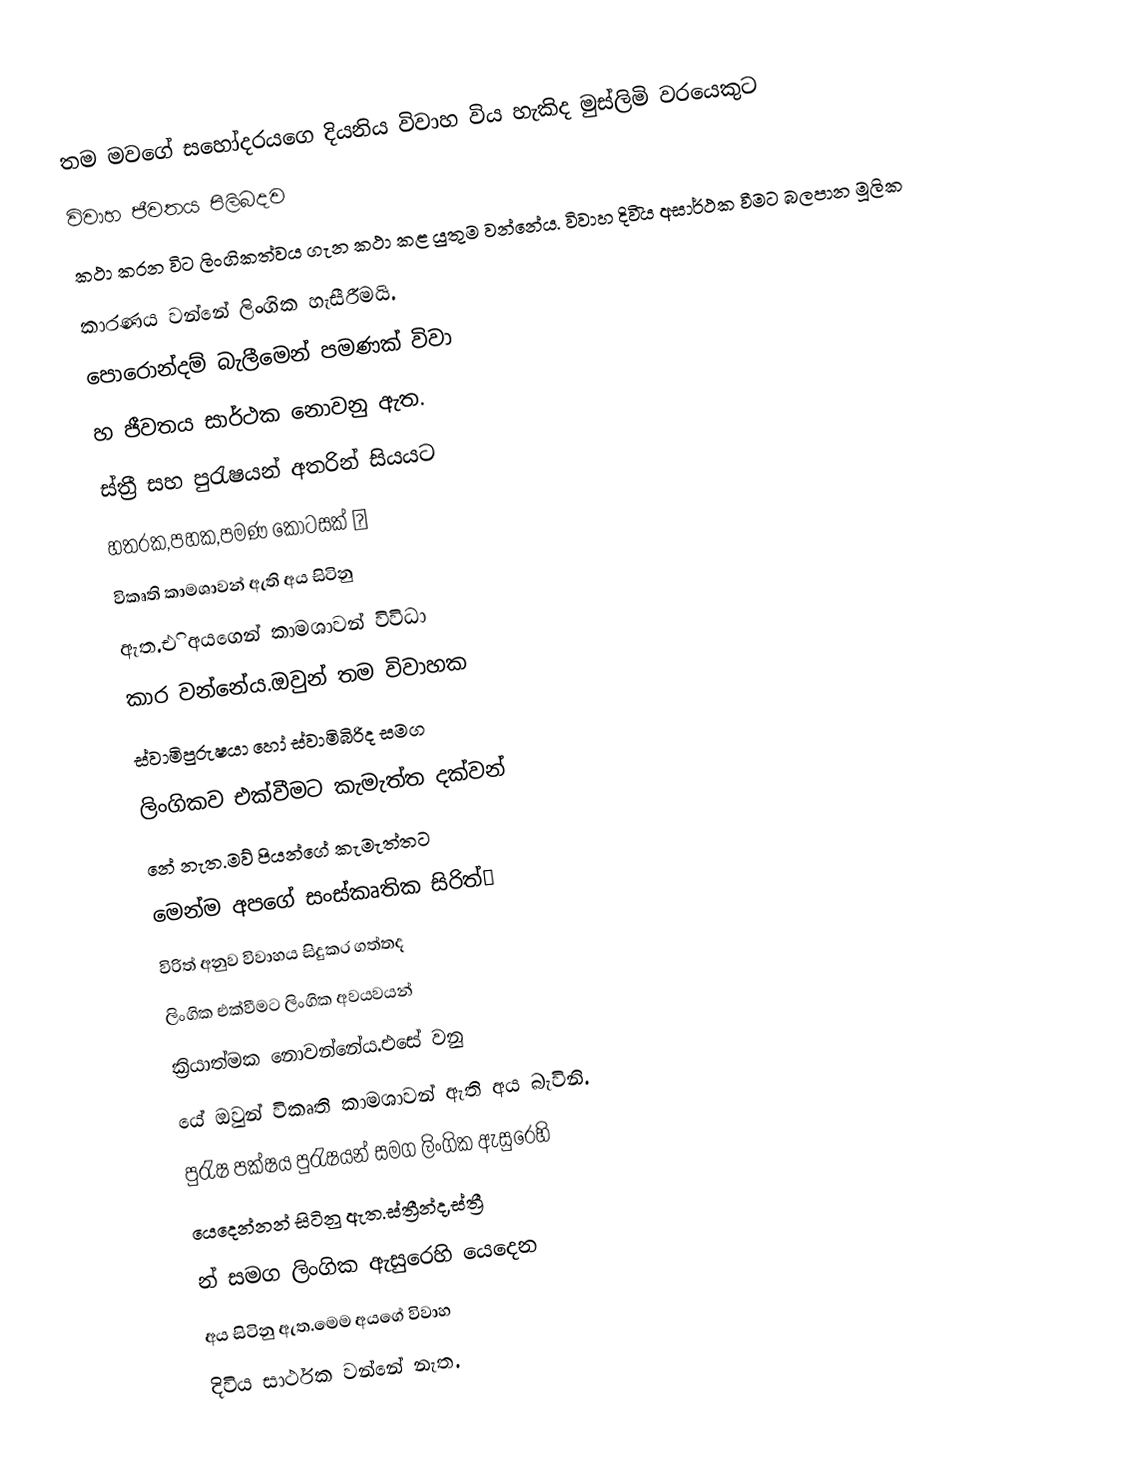
තම මවගේ සහෝදරයගෙ දියනිය විවාහ විය හැකිද මුස්ලිමි වරයෙකුට
          විවාහ ජීවතය පිලිබදව
කථා කරන විට ලිංගිකත්වය ගැන කථා  කළ යුතුම වන්නේය. විවාහ දිවිිය අසාර්ථක වීමට බලපාන මූලික
කාරණය වන්නේ ලිංගික හැසීරීමයි.
පොරොන්දම් බැලීමෙන් පමණක් විවා
හ ජීවතය  සාර්ථක  නොවනු ඇත.
ස්ත්‍රී සහ පුරැෂයන් අතරින් සියයට
හතරක,පහක,පමණ කොටසක් 😕
විකෘති කාමශාවන් ඇති අය සිටිනු
ඇත.එි අයගෙන් කාමශාවන් විවිධා
කාර වන්නේය.ඔවුන් තම විවාහක
ස්වාමිපුරුෂයා හෝ ස්වාමිබිරිද සමග
ලිංගිකව එක්වීමට කැමැත්ත දක්වන්
නේ නැත.මව් පියන්ගේ කැමැත්තට
මෙන්ම අපගේ සංස්කෘතික සිරිත්😁
විරිත් අනුව විවාහය සිදුකර ගත්තද
ලිංගික එක්වීමට ලිංගික අවයවයන්
ක්‍රියාත්මක නොවන්නේය.එසේ වනු
යේ ඔවුන්  විකෘති කාමශාවන් ඇති අය බැවිනි.
                  පුරැෂ පක්ෂය  පුරැෂයන් සමග  ලිංගික  ඇසුරෙහි
යෙදෙන්නන් සිටිනු ඇත.ස්ත්‍රීන්ද,ස්ත්‍රී
න් සමග  ලිංගික ඇසුරෙහි යෙදෙන
අය සිටිනු ඇත.මෙම අයගේ විවාහ
දිවිය සාර්ථක වන්නේ නැත.